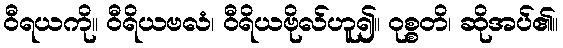
ဝီရယကို။ ဝီရိယဗလံ၊ ဝီရိယဗိုလ်ဟူ၍။ ဝုစ္စတိ၊ ဆိုအပ်၏။